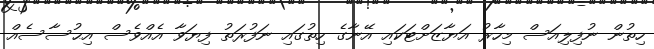
ހިތުން ނުފިލިއަސް މިހާރު އަޔާޒަށްޓަކައި އޭނާގެ ހިތުގައި ނަފުރަތު ފިޔަވާ އެއްވެސް އިޙުސާސެއް